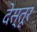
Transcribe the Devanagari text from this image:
देस्तूर